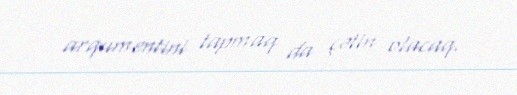
arqumentini tapmaq da çətin olacaq.